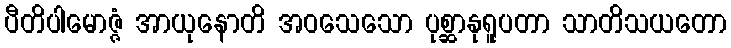
ပီတိပါမောဇ္ဇံ အာယုနောတိ အဝသေသော ပုစ္ဆာနုရူပတာ သာတိသယတော